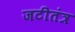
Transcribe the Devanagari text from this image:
जटीतंत्र